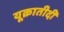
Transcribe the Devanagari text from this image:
यूक्रातीदी